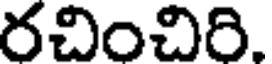
రచించిరి.